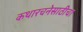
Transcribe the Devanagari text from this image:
कथारचनेसाठीचा